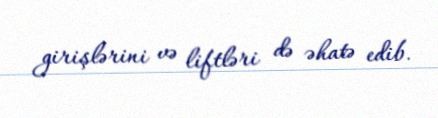
girişlərini və liftləri də əhatə edib.